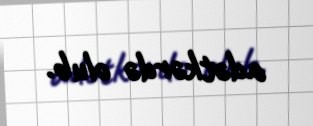
adətkərdə olub.